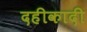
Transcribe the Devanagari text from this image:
दहीकादी